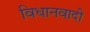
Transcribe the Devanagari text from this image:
विधानवादी